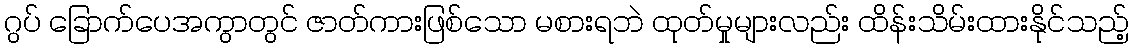
ဂွပ် ခြောက်ပေအကွာတွင် ဇာတ်ကားဖြစ်သော မစားရဘဲ ထုတ်မှုများလည်း ထိန်းသိမ်းထားနိုင်သည့်